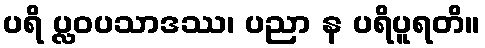
ပရိ ပ္လဝပသာဒဿ၊ ပညာ န ပရိပူရတိ။